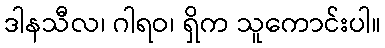
ဒါနသီလ၊ ဂါရဝ၊ ရှိက သူကောင်းပါ။